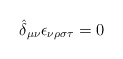
\begin{align*}\hat{\delta}_{\mu \nu} \epsilon_{\nu \rho \sigma \tau} = 0\end{align*}